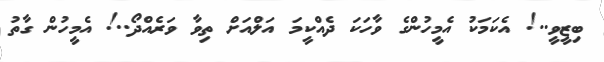
ބިޒީވީ..! އެކަމަކު އެމީހުންގެ ވާހަކަ ދެއްކީމަ އަލްއަށް ތިވާ ވަރެއްދޯ..! އެމީހުން ގާތު